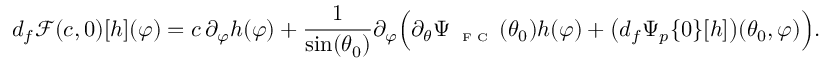
d _ { f } \mathscr { F } ( c , 0 ) [ h ] ( \varphi ) = c \, \partial _ { \varphi } h ( \varphi ) + \frac { 1 } { \sin ( \theta _ { 0 } ) } \partial _ { \varphi } \Big ( \partial _ { \theta } \Psi _ { \textnormal { \tiny { F C } } } ( \theta _ { 0 } ) h ( \varphi ) + \big ( d _ { f } \Psi _ { p } \{ 0 \} [ h ] \big ) ( \theta _ { 0 } , \varphi ) \Big ) .